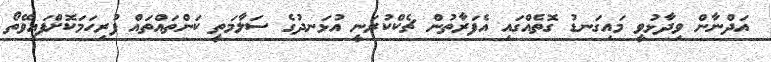
އަދްނާން ވިދާޅުވީ މައިގަނޑު ގޮތެއްގައި އެފަރާތުން ޗެކްކުރަނީ އުޅަނދުގެ ސަލާމަތީ ކަންތައްތައް ފުރިހަމަކޮށްފައިވޭތޯ